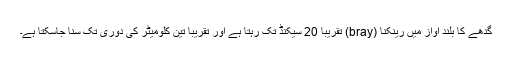
گدھے کا بلند آواز میں رینکنا (bray) تقریباً 20 سیکنڈ تک رہتا ہے اور تقریباً تین کلومیٹر کی دوری تک سنا جاسکتا ہے۔